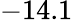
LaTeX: -14.1